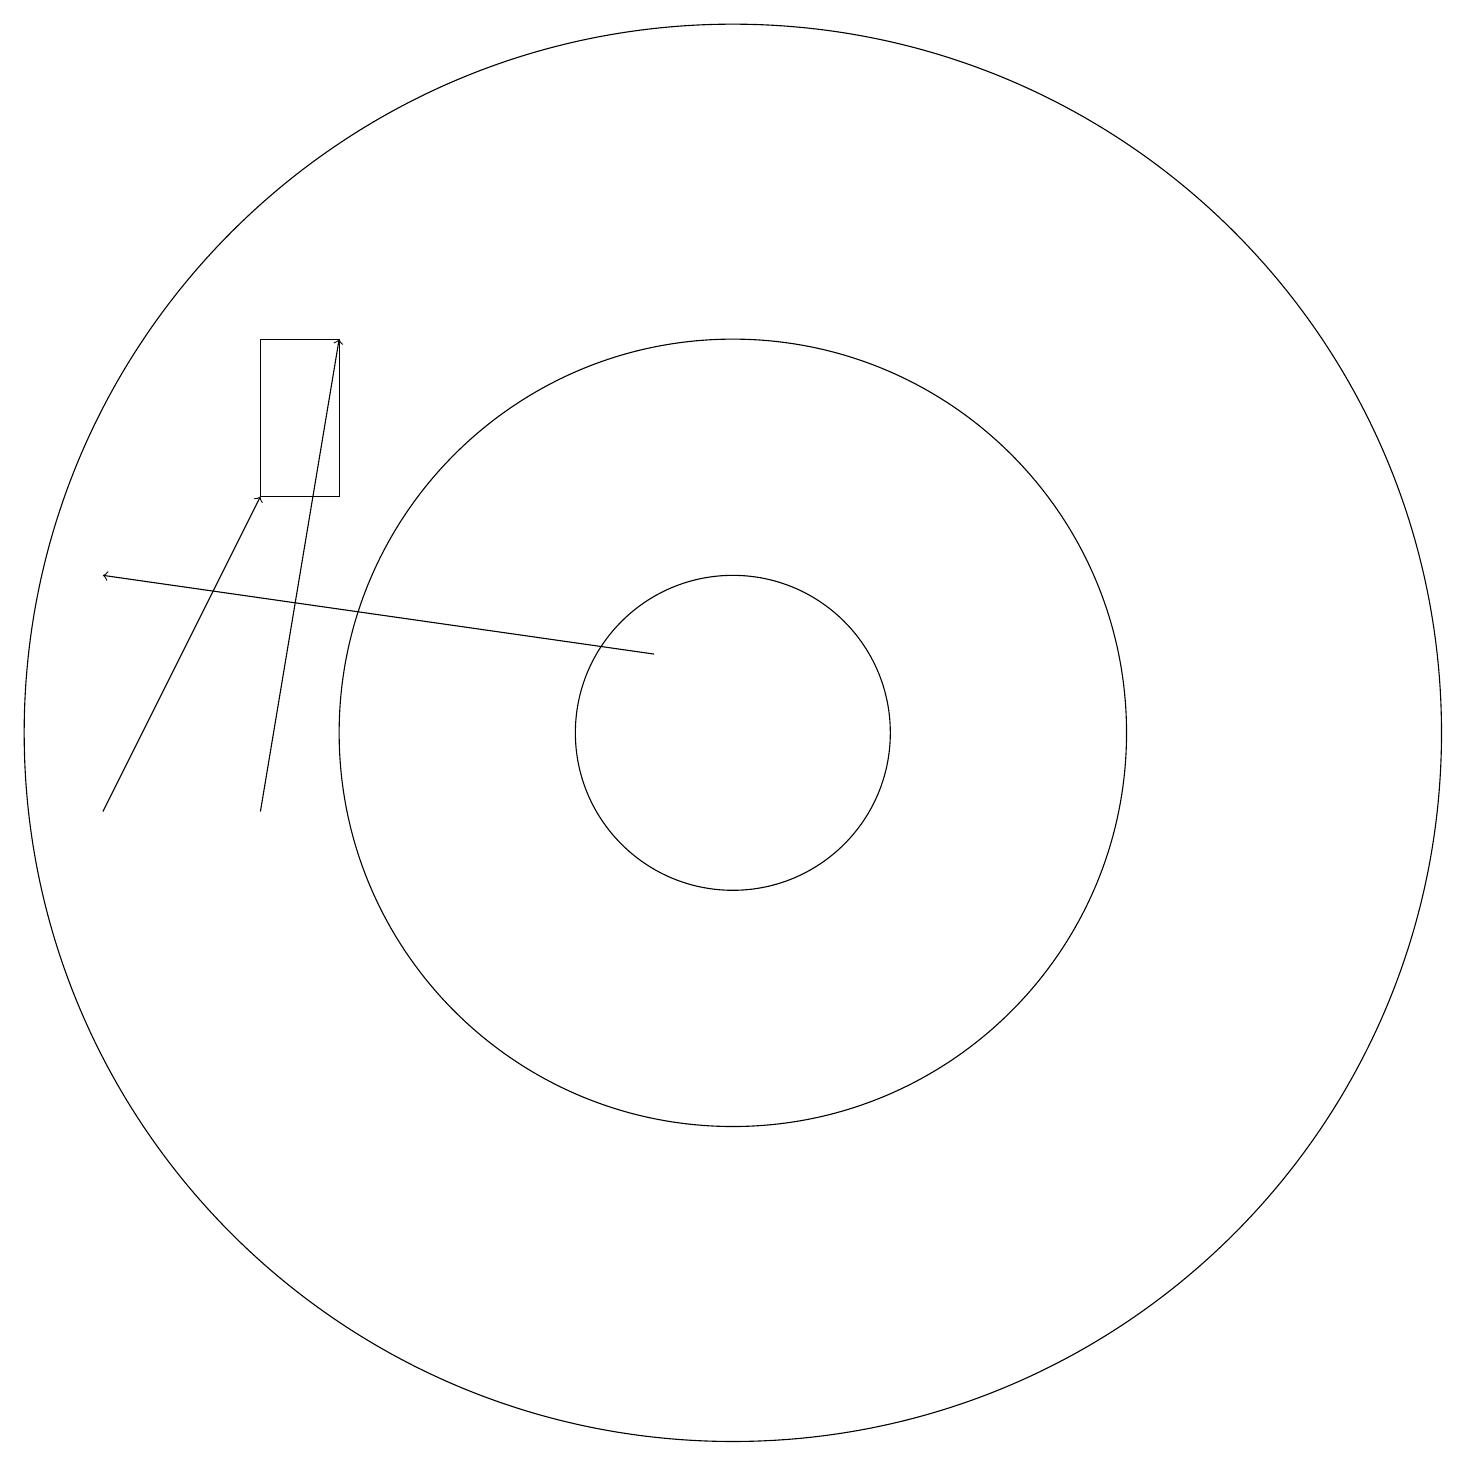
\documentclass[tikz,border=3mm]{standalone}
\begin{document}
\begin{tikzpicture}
\draw (5,16) rectangle (4,14);
\draw (10,11) circle (9);
\draw (10,11) circle (5);
\draw[->] (2,10) -- (4,14);
\draw[->] (4,10) -- (5,16);
\draw[->] (9,12) -- (2,13);
\draw (10,11) circle (2);
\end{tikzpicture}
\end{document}